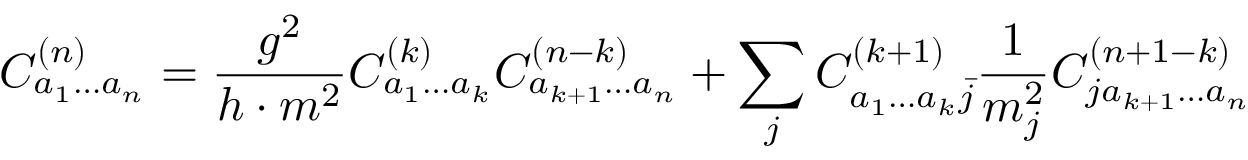
C _ { a _ { 1 } \ldots a _ { n } } ^ { ( n ) } = \frac { g ^ { 2 } } { h \cdot m ^ { 2 } } C _ { a _ { 1 } \ldots a _ { k } } ^ { ( k ) } C _ { a _ { k + 1 } \ldots a _ { n } } ^ { ( n - k ) } + \sum _ { j } C _ { a _ { 1 } \ldots a _ { k } \bar { j } } ^ { ( k + 1 ) } \frac { 1 } { m _ { j } ^ { 2 } } C _ { j a _ { k + 1 } \ldots a _ { n } } ^ { ( n + 1 - k ) }